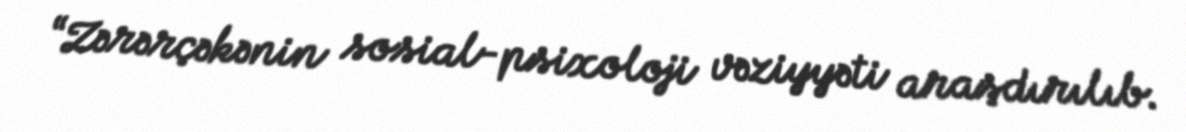
“Zərərçəkənin sosial-psixoloji vəziyyəti araşdırılıb.